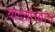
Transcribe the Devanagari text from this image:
यादवांच्याच